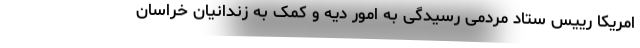
امریکا رییس ستاد مردمی رسیدگی به امور دیه و کمک به زندانیان خراسان